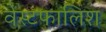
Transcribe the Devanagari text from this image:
वेस्टफालिश